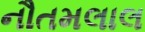
નૌતમલાલ